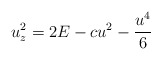
\begin{align*}u_z^2 = 2 E - c u^2 - \frac{u^4}{6}\end{align*}